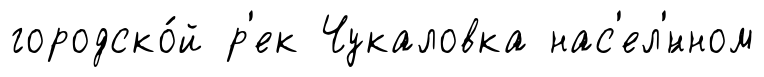
городско́й р'ек Чукаловка нас'ел'́нном